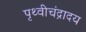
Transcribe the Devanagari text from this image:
पृथ्वीचंद्रादय